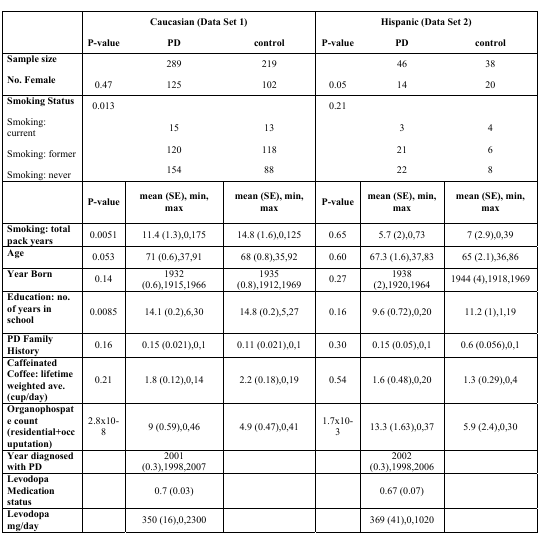
<table><thead><tr><td></td><td colspan="3"><b>Caucasian (Data Set 1)</b></td><td colspan="3"><b>Hispanic (Data Set 2)</b></td></tr><tr><td></td><td><b>P-value</b></td><td><b>PD</b></td><td><b>control</b></td><td><b>P-value</b></td><td><b>PD</b></td><td><b>control</b></td></tr></thead><tbody><tr><td><b>Sample size</b></td><td></td><td>289</td><td>219</td><td></td><td>46</td><td>38</td></tr><tr><td><b>No. Female</b></td><td>0.47</td><td>125</td><td>102</td><td>0.05</td><td>14</td><td>20</td></tr><tr><td><b>Smoking Status</b></td><td>0.013</td><td></td><td></td><td>0.21</td><td></td><td></td></tr><tr><td>Smoking: current</td><td></td><td>15</td><td>13</td><td></td><td>3</td><td>4</td></tr><tr><td>Smoking: former</td><td></td><td>120</td><td>118</td><td></td><td>21</td><td>6</td></tr><tr><td>Smoking: never</td><td></td><td>154</td><td>88</td><td></td><td>22</td><td>8</td></tr><tr><td></td><td><b>P-value</b></td><td><b>mean (SE), min, max</b></td><td><b>mean (SE), min, max</b></td><td><b>P-value</b></td><td><b>mean (SE), min, max</b></td><td><b>mean (SE), min, max</b></td></tr><tr><td><b>Smoking: total pack years</b></td><td>0.0051</td><td>11.4 (1.3),0,175</td><td>14.8 (1.6),0,125</td><td>0.65</td><td>5.7 (2),0,73</td><td>7 (2.9),0,39</td></tr><tr><td><b>Age</b></td><td>0.053</td><td>71 (0.6),37,91</td><td>68 (0.8),35,92</td><td>0.60</td><td>67.3 (1.6),37,83</td><td>65 (2.1),36,86</td></tr><tr><td><b>Year Born</b></td><td>0.14</td><td>1932 (0.6),1915,1966</td><td>1935 (0.8),1912,1969</td><td>0.27</td><td>1938 (2),1920,1964</td><td>1944 (4),1918,1969</td></tr><tr><td><b>Education: no. of years in school</b></td><td>0.0085</td><td>14.1 (0.2),6,30</td><td>14.8 (0.2),5,27</td><td>0.16</td><td>9.6 (0.72),0,20</td><td>11.2 (1),1,19</td></tr><tr><td><b>PD Family History</b></td><td>0.16</td><td>0.15 (0.021),0,1</td><td>0.11 (0.021),0,1</td><td>0.30</td><td>0.15 (0.05),0,1</td><td>0.6 (0.056),0,1</td></tr><tr><td><b>Caffeinated Coffee: lifetime weighted ave. (cup/day)</b></td><td>0.21</td><td>1.8 (0.12),0,14</td><td>2.2 (0.18),0,19</td><td>0.54</td><td>1.6 (0.48),0,20</td><td>1.3 (0.29),0,4</td></tr><tr><td><b>Organophospate count (residential+occuputation)</b></td><td>2.8×10–8</td><td>9 (0.59),0,46</td><td>4.9 (0.47),0,41</td><td>1.7×10–3</td><td>13.3 (1.63),0,37</td><td>5.9 (2.4),0,30</td></tr><tr><td><b>Year diagnosed with PD</b></td><td></td><td>2001 (0.3),1998,2007</td><td></td><td></td><td>2002 (0.3),1998,2006</td><td></td></tr><tr><td><b>Levodopa Medication status</b></td><td></td><td>0.7 (0.03)</td><td></td><td></td><td>0.67 (0.v07)</td><td></td></tr><tr><td><b>Levodopa mg/day</b></td><td></td><td>350 (16),0,2300</td><td></td><td></td><td>369 (41),0,1020</td><td></td></tr></tbody></table>